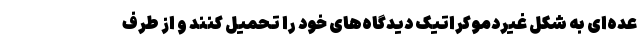
عده‌ای به شکل غیردموکراتیک دیدگاه‌های خود را تحمیل کنند و از طرف